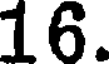
16.